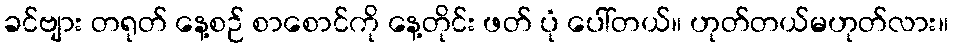
ခင်ဗျား တရုတ် နေ့စဉ် စာစောင်ကို နေ့တိုင်း ဖတ် ပုံ ပေါ်တယ်။ ဟုတ်တယ်မဟုတ်လား။